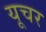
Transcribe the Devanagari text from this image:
यूचर